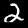
Label: 2